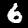
Digit: 6